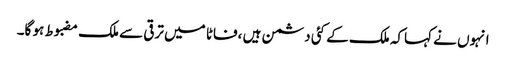
انہوں نے کہاکہ ملک کے کئی دشمن ہیں ،فاٹا میں ترقی سے ملک مضبوط ہو گا۔